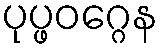
ပုပ္ဖဝဂ္ဂေန